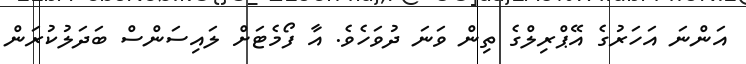
އަންނަ އަހަރުގެ އޭޕްރިލްގެ ތިން ވަނަ ދުވަހެވެ. އާ ފޯމެޓަށް ލައިސަންސް ބަދަލުކުރަން